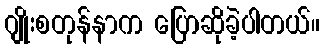
ဂျိုးစတုန်နာက ပြောဆိုခဲ့ပါတယ်။